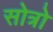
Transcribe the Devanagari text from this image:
सोत्रो